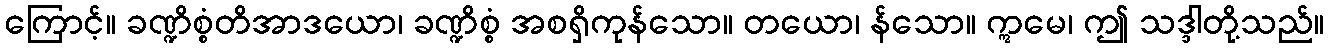
ကြောင့်။ ခဏ္ဍိစ္စံတိအာဒယော၊ ခဏ္ဍိစ္စံ အစရှိကုန်သော။ တယော၊ န်သော။ ဣမေ၊ ဤ သဒ္ဒါတို့သည်။